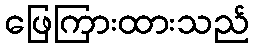
ဖြေကြားထားသည်